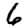
Digit: 6